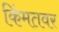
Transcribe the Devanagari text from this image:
किंमतवर